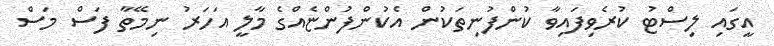
އީގައި ލިސްޓު ކުރެވިފައިވާ ކުންފުނިތަކުން އެކުންފުންޏެއްގެ މާލީ އަހަރު ނިމޭތާ ފަސް މަސް